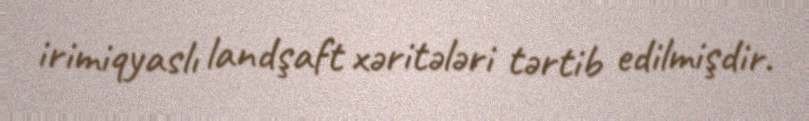
irimiqyaslı landşaft xəritələri tərtib edilmişdir.